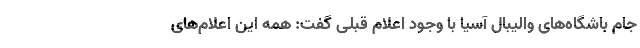
جام باشگاه‌های والیبال آسیا با وجود اعلام قبلی گفت: همه این اعلام‌های